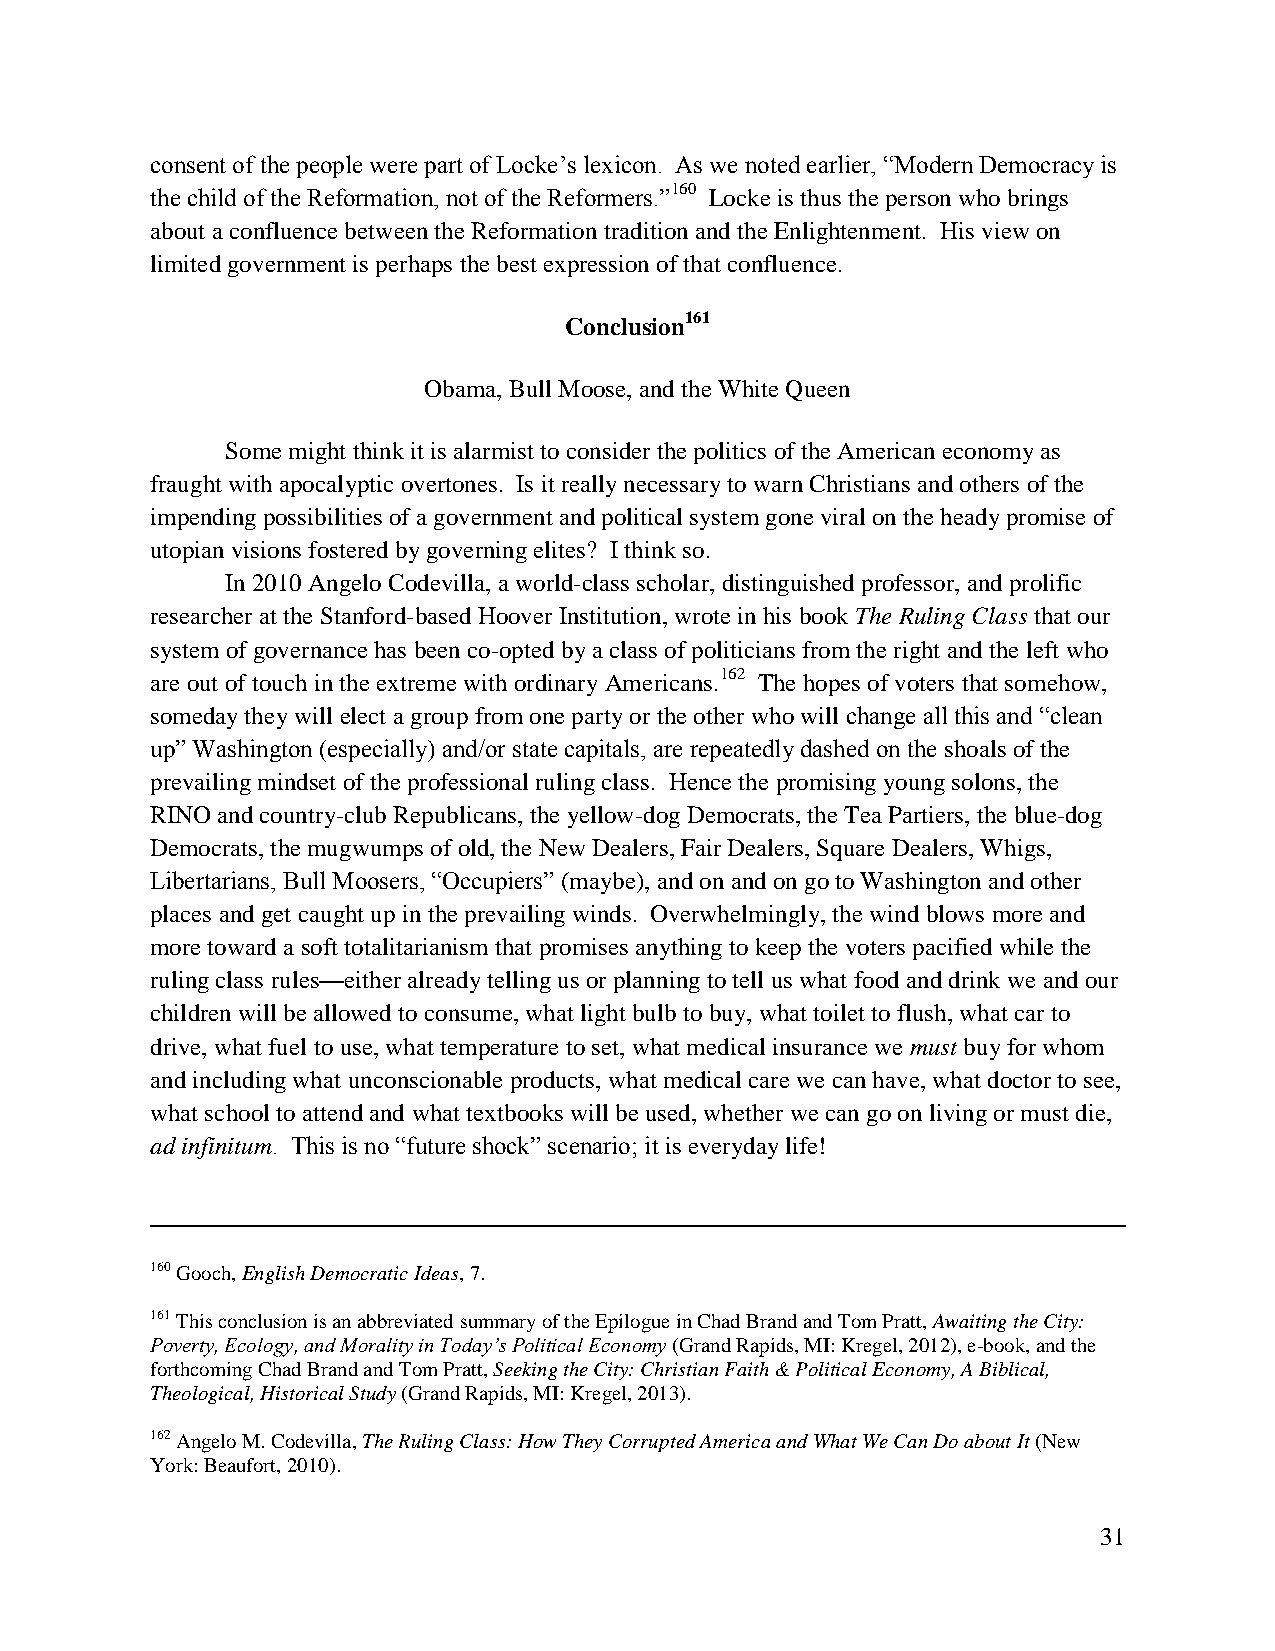
consent of the people were part of Locke’s lexicon. As we noted earlier, “Modern Democracy is
 the child of the Reformation, not of the Reformers.”160 Locke is thus the person who brings
 about a confluence between the Reformation tradition and the Enlightenment. His view on
 limited government is perhaps the best expression of that confluence.
 Conclusion161
 Obama, Bull Moose, and the White Queen
 Some might think it is alarmist to consider the politics of the American economy as
 fraught with apocalyptic overtones. Is it really necessary to warn Christians and others of the
 impending possibilities of a government and political system gone viral on the heady promise of
 utopian visions fostered by governing elites? I think so.
 In 2010 Angelo Codevilla, a world-class scholar, distinguished professor, and prolific
 researcher at the Stanford-based Hoover Institution, wrote in his book The Ruling Class that our
 system of governance has been co-opted by a class of politicians from the right and the left who
 are out of touch in the extreme with ordinary Americans.162 The hopes of voters that somehow,
 someday they will elect a group from one party or the other who will change all this and “clean
 up” Washington (especially) and/or state capitals, are repeatedly dashed on the shoals of the
 prevailing mindset of the professional ruling class. Hence the promising young solons, the
 RINO and country-club Republicans, the yellow-dog Democrats, the Tea Partiers, the blue-dog
 Democrats, the mugwumps of old, the New Dealers, Fair Dealers, Square Dealers, Whigs,
 Libertarians, Bull Moosers, “Occupiers” (maybe), and on and on go to Washington and other
 places and get caught up in the prevailing winds. Overwhelmingly, the wind blows more and
 more toward a soft totalitarianism that promises anything to keep the voters pacified while the
 ruling class rules—either already telling us or planning to tell us what food and drink we and our
 children will be allowed to consume, what light bulb to buy, what toilet to flush, what car to
 drive, what fuel to use, what temperature to set, what medical insurance we must buy for whom
 and including what unconscionable products, what medical care we can have, what doctor to see,
 what school to attend and what textbooks will be used, whether we can go on living or must die,
 ad infinitum. This is no “future shock” scenario; it is everyday life!
 160 Gooch, English Democratic Ideas, 7.
 161 This conclusion is an abbreviated summary of the Epilogue in Chad Brand and Tom Pratt, Awaiting the City:
 Poverty, Ecology, and Morality in Today’s Political Economy (Grand Rapids, MI: Kregel, 2012), e-book, and the
 forthcoming Chad Brand and Tom Pratt, Seeking the City: Christian Faith & Political Economy, A Biblical,
 Theological, Historical Study (Grand Rapids, MI: Kregel, 2013).
 162 Angelo M. Codevilla, The Ruling Class: How They Corrupted America and What We Can Do about It (New
 York: Beaufort, 2010).
 31